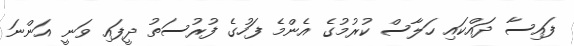
ފައިސާ ދައްކައި ހަލާސް ކުރުމުގެ އެންމެ ފަހުގެ ފުރުސަތު ދީފައި ވަނީ އަންނަ